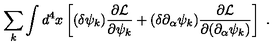
\sum _ { k } \int d ^ { 4 } x \left[ ( \delta \psi _ { k } ) { \frac { \partial { \cal L } } { \partial \psi _ { k } } } + ( \delta \partial _ { \alpha } \psi _ { k } ) { \frac { \partial { \cal L } } { \partial ( \partial _ { \alpha } \psi _ { k } ) } } \right] \ .